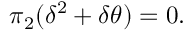
\pi _ { 2 } ( \delta ^ { 2 } + \delta \theta ) = 0 .